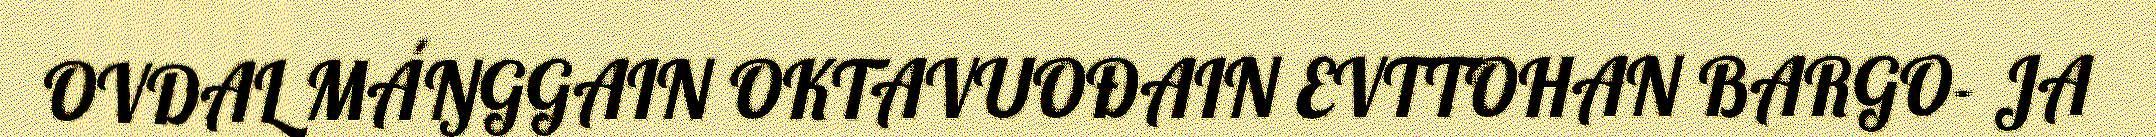
OVDAL MÁŊGGAIN OKTAVUOĐAIN EVTTOHAN BARGO- JA